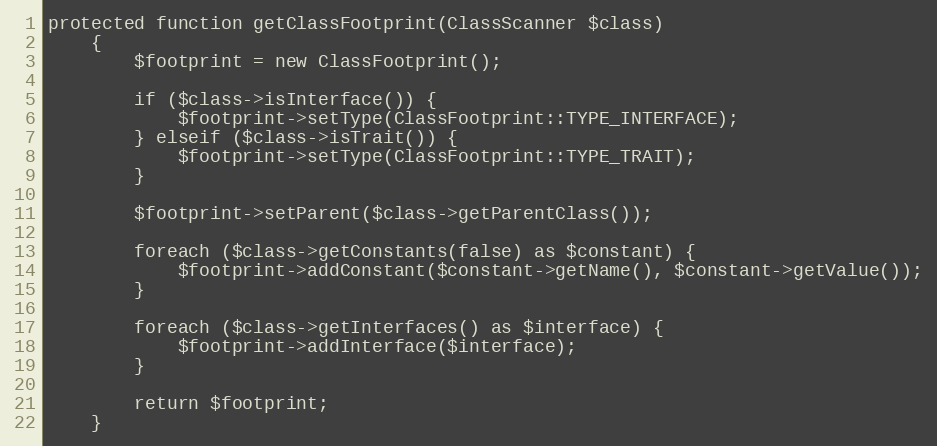
Language: PHP
protected function getClassFootprint(ClassScanner $class)
    {
        $footprint = new ClassFootprint();

        if ($class->isInterface()) {
            $footprint->setType(ClassFootprint::TYPE_INTERFACE);
        } elseif ($class->isTrait()) {
            $footprint->setType(ClassFootprint::TYPE_TRAIT);
        }

        $footprint->setParent($class->getParentClass());

        foreach ($class->getConstants(false) as $constant) {
            $footprint->addConstant($constant->getName(), $constant->getValue());
        }

        foreach ($class->getInterfaces() as $interface) {
            $footprint->addInterface($interface);
        }

        return $footprint;
    }